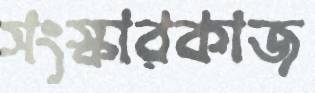
সংস্কারকাজ